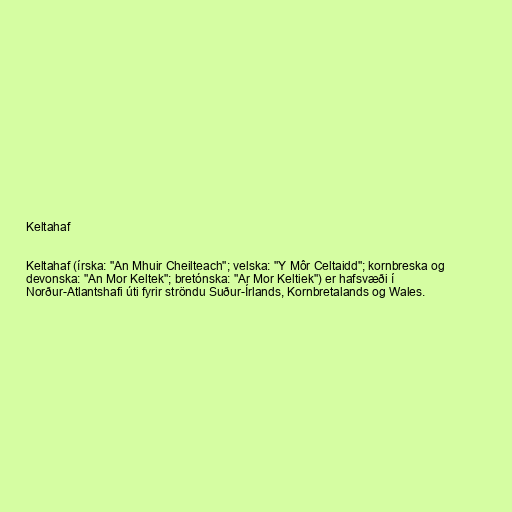
Keltahaf

Keltahaf (írska: "An Mhuir Cheilteach"; velska: "Y Môr Celtaidd"; kornbreska og
devonska: "An Mor Keltek"; bretónska: "Ar Mor Keltiek") er hafsvæði í
Norður-Atlantshafi úti fyrir ströndu Suður-Írlands, Kornbretalands og Wales.